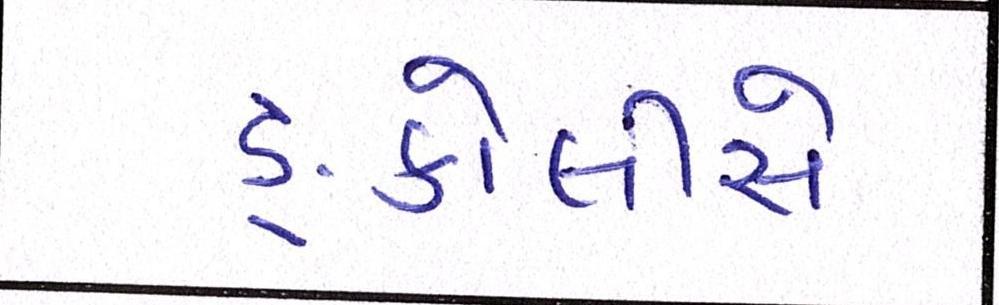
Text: ઙ્કોલીસે